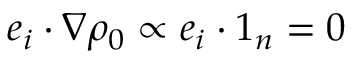
\boldsymbol { e } _ { i } \boldsymbol { \cdot } \nabla \rho _ { 0 } \propto \boldsymbol { e } _ { i } \boldsymbol { \cdot } \boldsymbol { 1 } _ { n } = 0